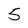
Character: 5